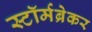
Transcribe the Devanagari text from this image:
स्टॉर्मब्रेकर